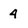
Character: 4